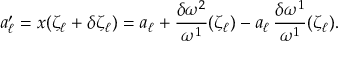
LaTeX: a _ { \ell } ^ { \prime } = x ( \zeta _ { \ell } + \delta \zeta _ { \ell } ) = a _ { \ell } + \frac { \delta \omega ^ { 2 } } { \omega ^ { 1 } } ( \zeta _ { \ell } ) - a _ { \ell } \, \frac { \delta \omega ^ { 1 } } { \omega ^ { 1 } } ( \zeta _ { \ell } ) .